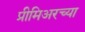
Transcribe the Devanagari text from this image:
प्रीमिअरच्या